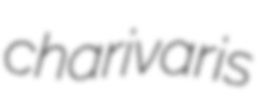
charivaris